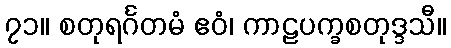
၇၁။ စတုရင်္ဂတမံ ဧဝံ၊ ကာဠပက္ခစတုဒ္ဒသီ။